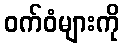
ဝက်ဝံများကို